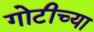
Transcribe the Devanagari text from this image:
गोटीच्या